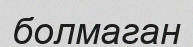
болмаган